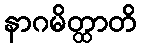
နာဂမိတ္ထာတိ